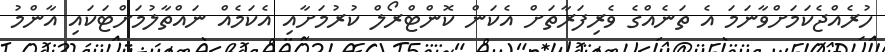
ހުރެއްޖެކަމަށްވާނަމަ އެ ތަނެއްގެ ވެރިފަރާތަށް އެކަން ކޮންޓްރޯލް ކުރުމަށާއި އެކަމެއް ނައްތާލުމަށްޓަކައި އާންމު